Annual administration and progress report of the Indian Medical Department, Bombay
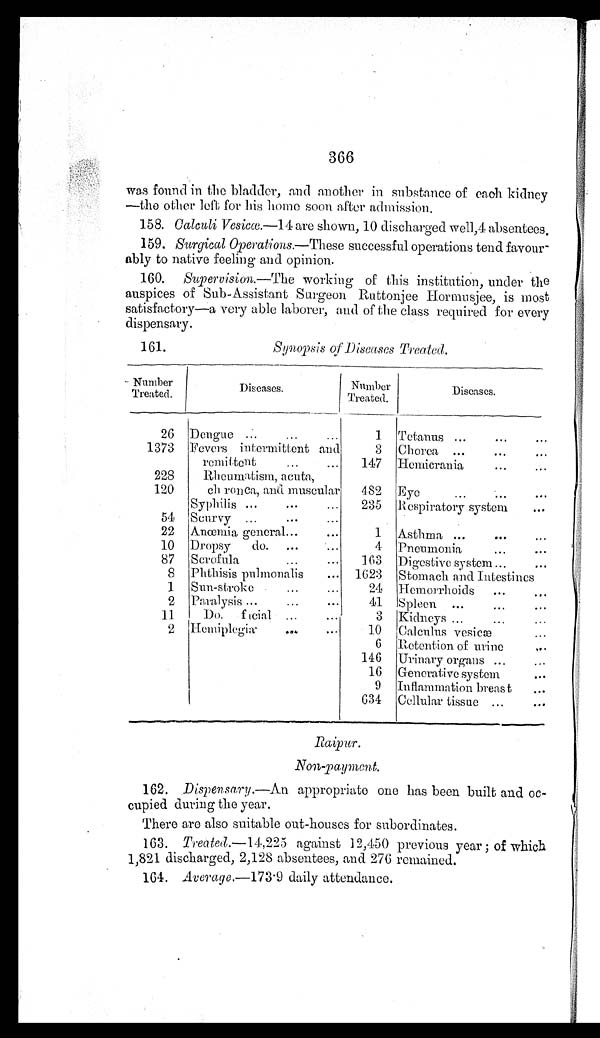
366
was found in the bladder, and another in substance of each kidney
—the other left for his home soon after admission.
158. Calculi Vesicœ.—14 are shown, 10 discharged well,4 absentees.
159. Surgical Operations.—These successful operations tend favour-
ably to native feeling and opinion.
160.
Supervision.—The working of this institution, under the
auspices of Sub-Assistant Surgeon Ruttonjee Hormusjee, is most
satisfactory—a very able laborer, and of the class required for every
dispensary.
161.
Synopsis of Diseases Treated.
Number
Treated.
Diseases.
Number
Treated.
Diseases.
26 Dengue ...
...
...I
1
Tetanus ...
...
...
1373 Ferers intermittent an d
3
Chorea ...
. . . . . .
remittent
...
...
147 Hemierania
...
...
228
120
Rheumatism, acnta,
eh ronca, and muscular
482 Eye
...
...
. . .
54
Syphilis ...
...
...
Scurvy ...
...
...
235 Respiratory system
..
22
Anœmia, general...
...
1
Asthma ...
...
...
10 Dropsy
do.
...
...
4 Pneumonia
...
...
87
Scrofula
...
...
163 Digestive system ...
...
8
Phthisis pulmonalis
...
1623
Stomach and Intestines
1.
Sun- stroke
...
...
24 Hemorrhoids
...
...
2 Paralysis ...
...
...
41
Spleen ...
...
11
Do. facial ...
3 Kidneys ...
...
...
2 Hemiplegia-
Of/4
...
10
Calculus vesicæ
6 Retention of urine
..
146
Urinary organs ...
...
16 Generative system
...
9
Inflammation breast
...
634 Cellular tissue ...
...
Raipur.
Non-payment.
162. Dispensary.—An appropriate one has been built and oc-
cupied during the year.
There are also suitable out-houses for subordinates.
163. Treated.-14,225 against 12,150 previous year ; of which
1,821 discharged, 2,128 absentees, and 276 remained.
164. Average.-173 . 9 daily attendance.